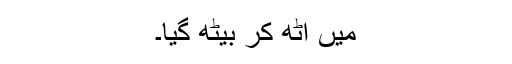
میں اُٹھ کر بیٹھ گیا۔